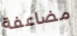
مضاعفة